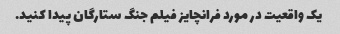
یک واقعیت در مورد فرانچایز فیلم جنگ ستارگان پیدا کنید.